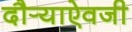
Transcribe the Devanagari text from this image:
दौर्‍याऐवजी